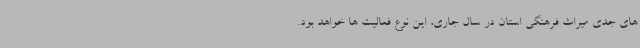
های جدی میراث فرهنگی استان در سال جاری، این نوع فعالیت ها خواهد بود.